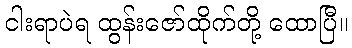
ငါးရာပဲရ ထွန်းဇော်ထိုက်တို့ ထောပြီ။